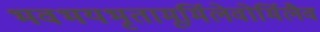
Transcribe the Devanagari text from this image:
भवभयभृतामूर्मिलेवोर्मिलैव